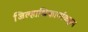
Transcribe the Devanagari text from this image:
जिल्हाधिकार्याकडून